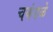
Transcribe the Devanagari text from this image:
चकंदळे